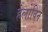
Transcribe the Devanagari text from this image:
हेलोविन